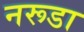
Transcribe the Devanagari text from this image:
नरूडा